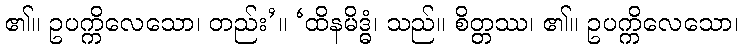
၏။ ဥပက္ကိလေသော၊ တည်း’။ ‘ထိနမိဒ္ဓံ၊ သည်။ စိတ္တဿ၊ ၏။ ဥပက္ကိလေသော၊